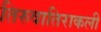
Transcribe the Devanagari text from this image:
तिरुवातिराकली